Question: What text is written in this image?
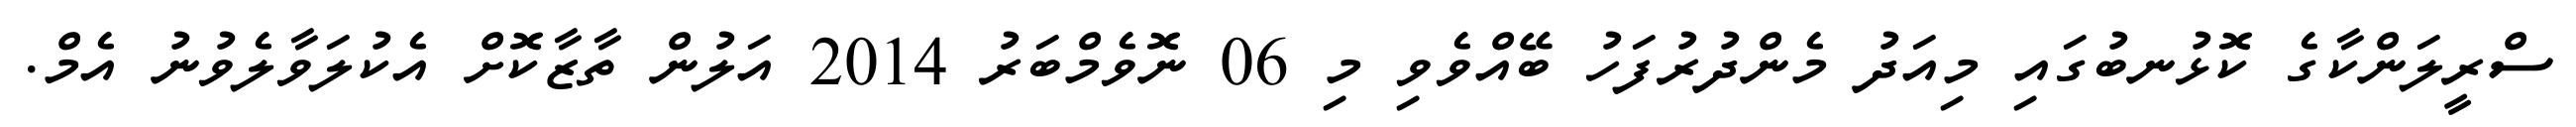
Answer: ސްރީލަންކާގެ ކޮޅުނބުގައި މިއަދު މެންދުރުފަހު ބޭއްވެވި މި 06 ނޮވެމްބަރު 2014 އަލުން ތާޒާކޮށް އެކުލަވާލެވުނު އެމް.